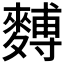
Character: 𪍡